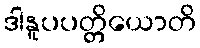
ဒါနူပပတ္တိယောတိ